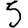
Digit: 5